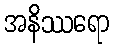
အနိဿရော